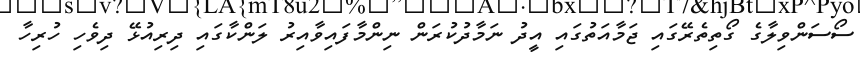
ސޯސަންވިލާގެ ގޯތިތެރޭގައި ޖަމާއަތުގައި އީދު ނަމާދުކުރަން ނިންމާފައިވާއިރު ލަންކާގައި ދިރިއުޅޭ ދިވެހި ހުރިހާ